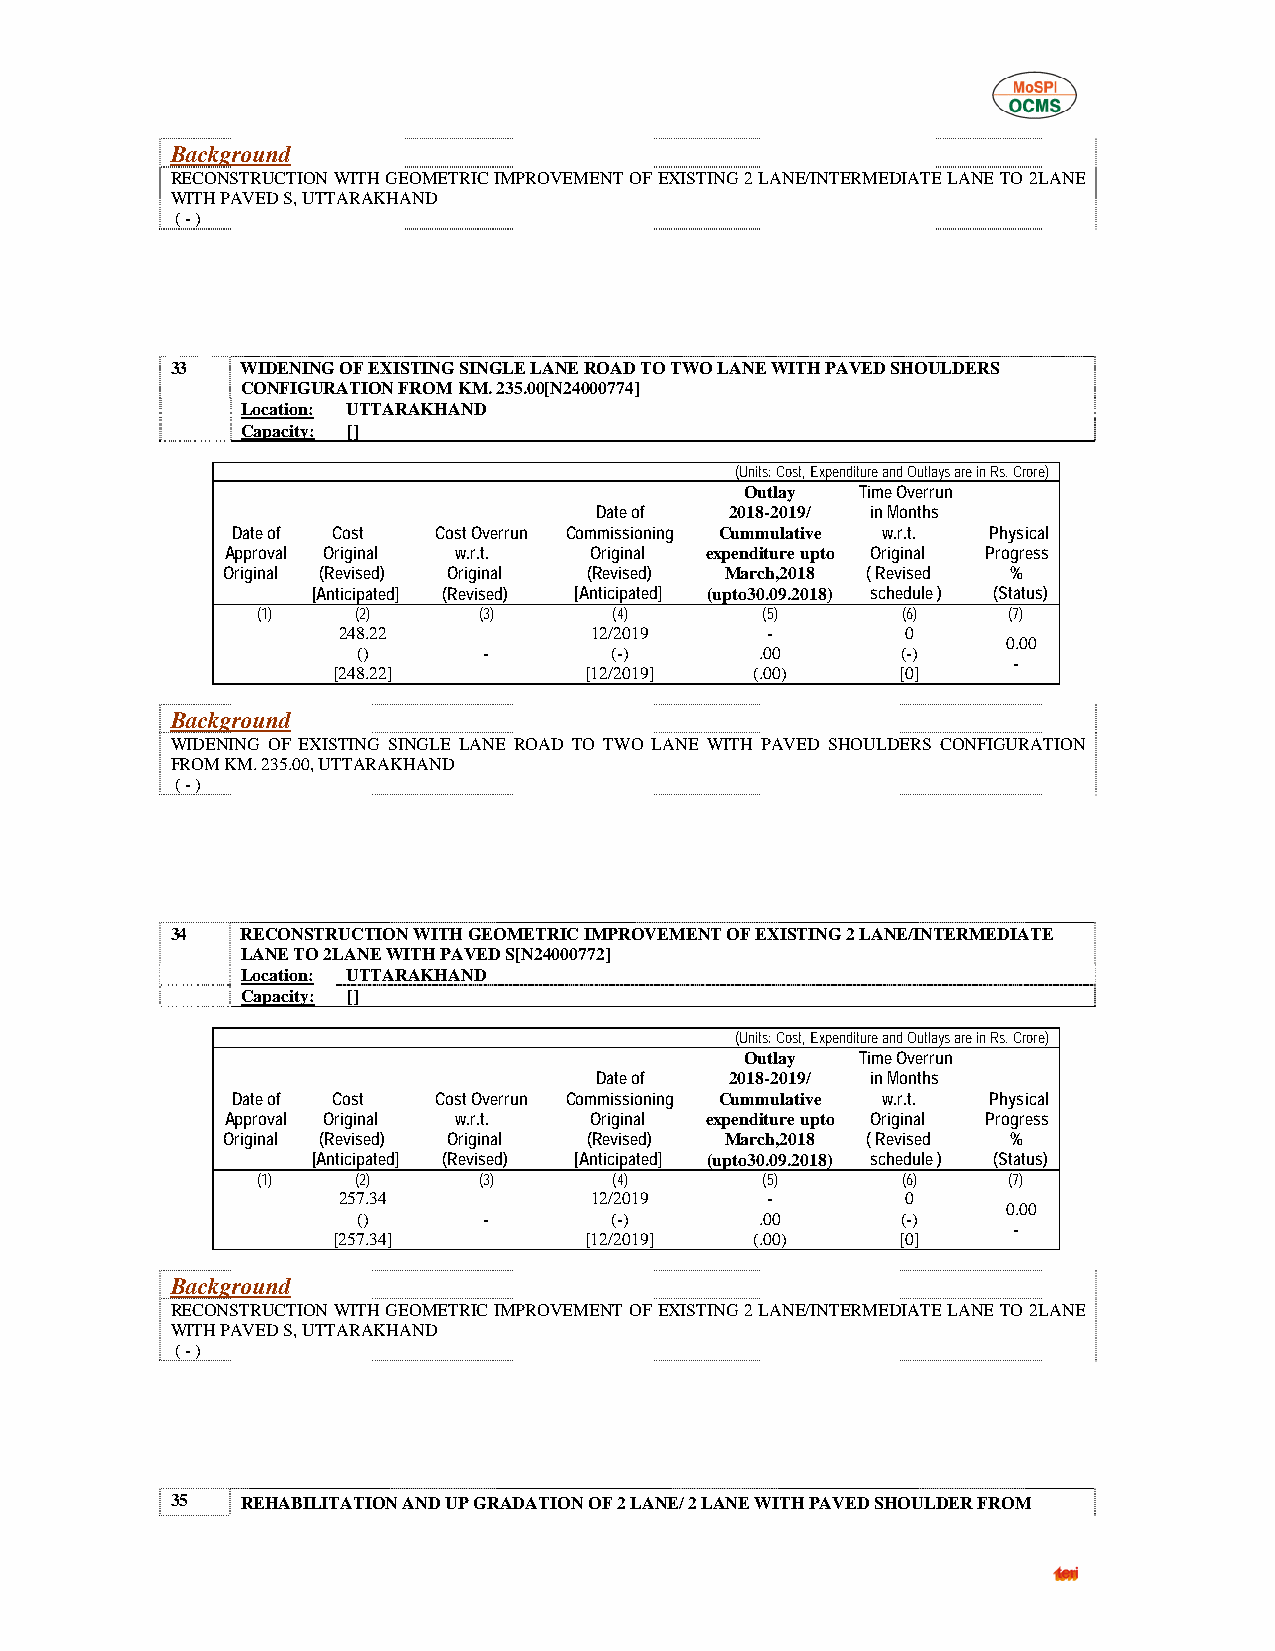
Background
 RECONSTRUCTION WITH GEOMETRIC IMPROVEMENT OF EXISTING 2 LANE/INTERMEDIATE LANE TO 2LANE
 WITH PAVED S, UTTARAKHAND
 ( - )
 33   WIDENING OF EXISTING SINGLE LANE ROAD TO TWO LANE WITH PAVED SHOULDERS
 CONFIGURATION FROM KM. 235.00[N24000774]
 Location: UTTARAKHAND
 Capacity: []
 (Units: Cost, Expenditure and Outlays are in Rs. Crore)
 Outlay  Time Overrun
 Date of  2018-2019/ in Months
 Date of Cost  Cost Overrun Commissioning Cummulative w.r.t. Physical
 Approval Original w.r.t. Original expenditure upto Original Progress
 Original (Revised) Original (Revised) March,2018 ( Revised %
 [Anticipated] (Revised) [Anticipated] (upto30.09.2018) schedule ) (Status)
 (1)    (2)     (3)      (4)      (5)       (6)    (7)
 248.22           12/2019     -        0
 0.00
 ()      -       (-)       .00       (-)
 -
 [248.22]         [12/2019]  (.00)     [0]
 Background
 WIDENING OF EXISTING SINGLE LANE ROAD TO TWO LANE WITH PAVED SHOULDERS CONFIGURATION
 FROM KM. 235.00, UTTARAKHAND
 ( - )
 34   RECONSTRUCTION WITH GEOMETRIC IMPROVEMENT OF EXISTING 2 LANE/INTERMEDIATE
 LANE TO 2LANE WITH PAVED S[N24000772]
 Location: UTTARAKHAND
 Capacity: []
 (Units: Cost, Expenditure and Outlays are in Rs. Crore)
 Outlay  Time Overrun
 Date of  2018-2019/ in Months
 Date of Cost  Cost Overrun Commissioning Cummulative w.r.t. Physical
 Approval Original w.r.t. Original expenditure upto Original Progress
 Original (Revised) Original (Revised) March,2018 ( Revised %
 [Anticipated] (Revised) [Anticipated] (upto30.09.2018) schedule ) (Status)
 (1)    (2)     (3)      (4)      (5)       (6)    (7)
 257.34           12/2019     -        0
 0.00
 ()      -       (-)       .00       (-)
 -
 [257.34]         [12/2019]  (.00)     [0]
 Background
 RECONSTRUCTION WITH GEOMETRIC IMPROVEMENT OF EXISTING 2 LANE/INTERMEDIATE LANE TO 2LANE
 WITH PAVED S, UTTARAKHAND
 ( - )
 35   REHABILITATION AND UP GRADATION OF 2 LANE/ 2 LANE WITH PAVED SHOULDER FROM